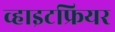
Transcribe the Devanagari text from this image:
व्हाइटफ्रियर